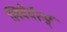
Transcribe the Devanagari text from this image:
लिवेर्वर्त्स्